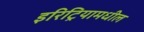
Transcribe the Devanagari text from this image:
इरिट्रियामधील